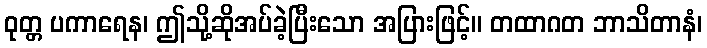
ဝုတ္တ ပကာရေန၊ ဤသို့ဆိုအပ်ခဲ့ပြီးသော အပြားဖြင့်။ တထာဂတ ဘာသိတာနံ၊